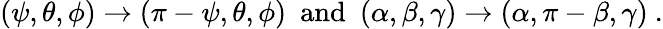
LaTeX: (\psi,\theta,\phi)\to(\pi-\psi,\theta,\phi)\ \ \mathrm{and}\ \ (\alpha,\beta,\gamma)\to(\alpha,\pi-\beta,\gamma)\ .